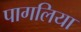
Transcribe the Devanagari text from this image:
पागलिया